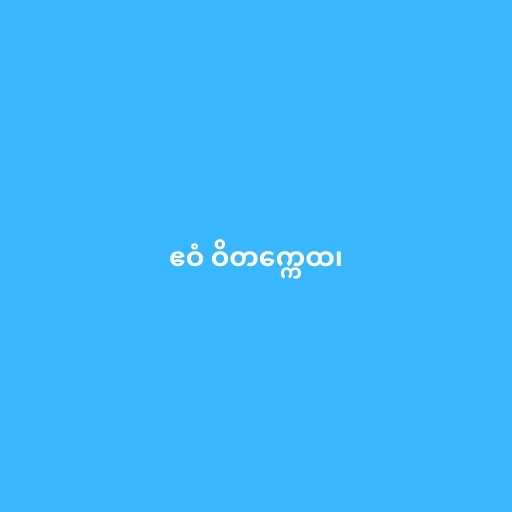
ဧဝံ ဝိတက္ကေထ၊